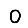
Digit: 0